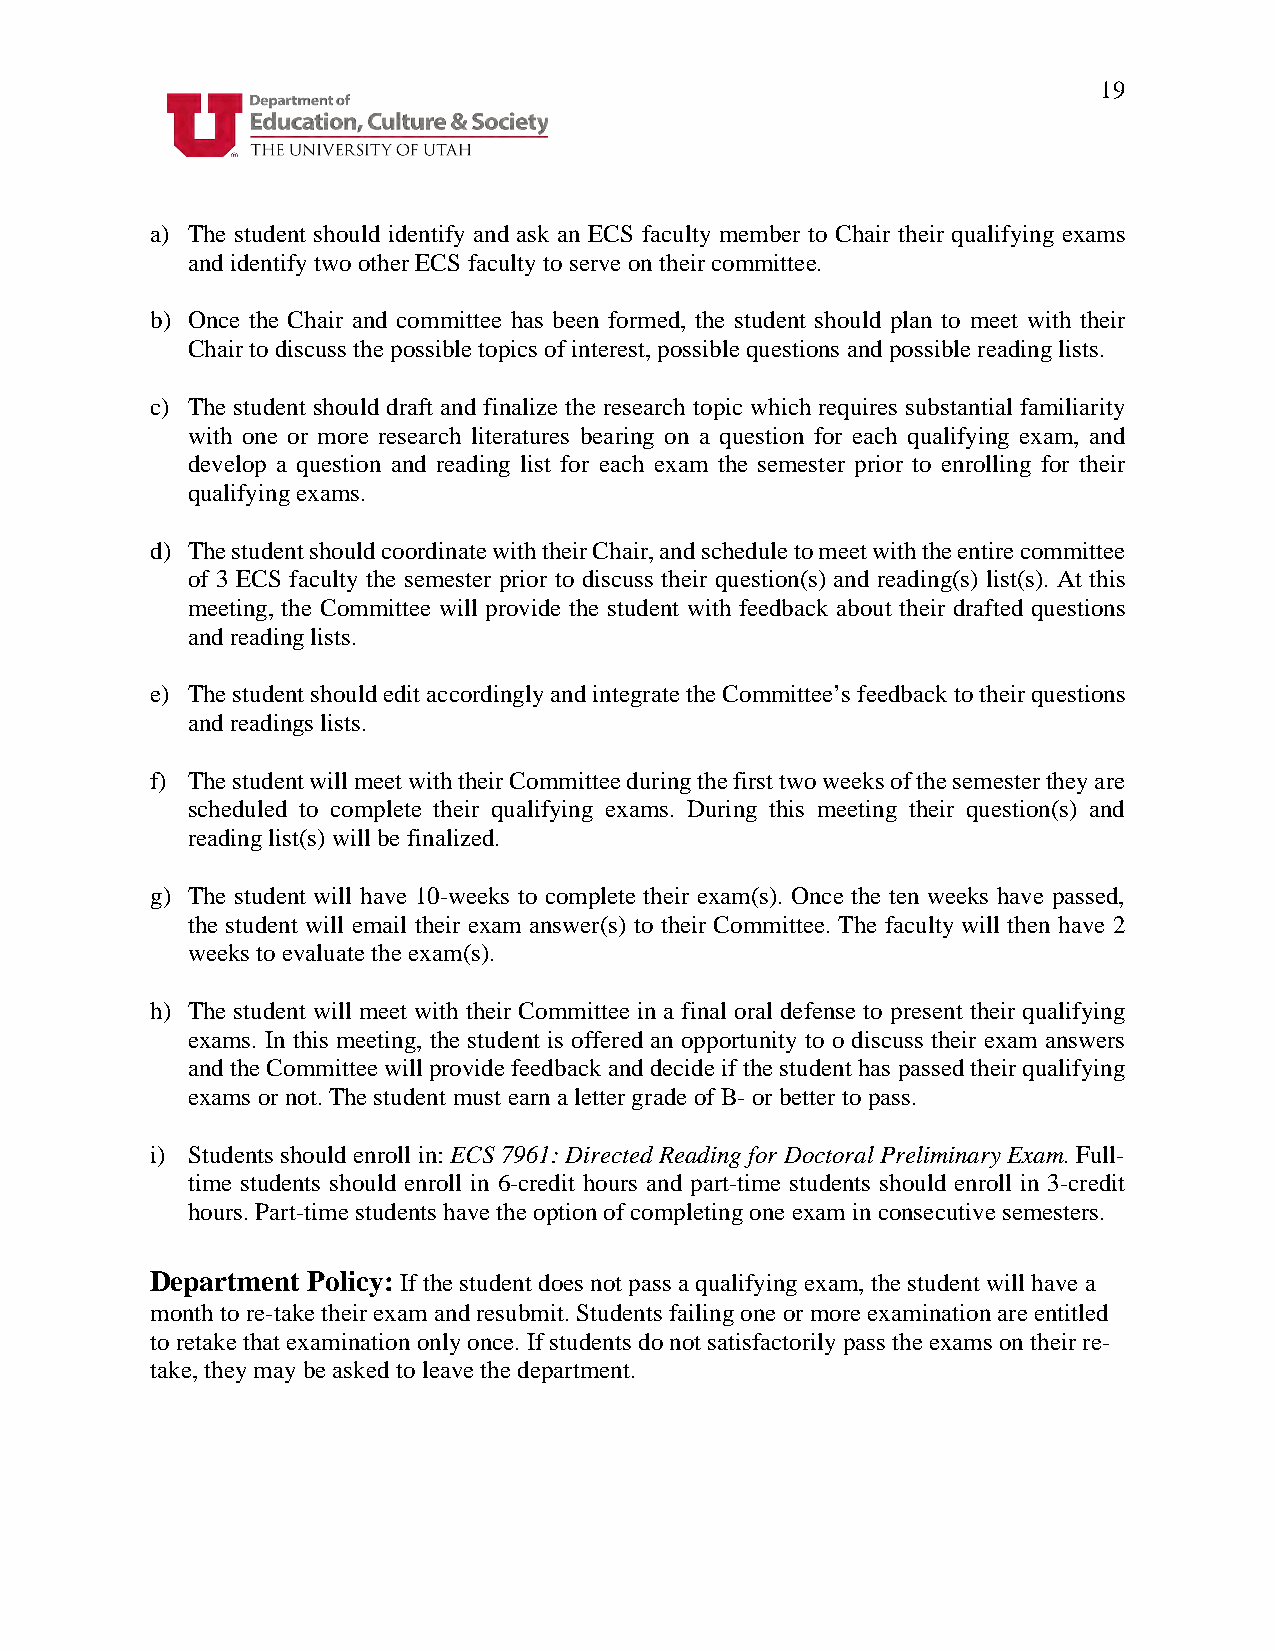
19
 a) The student should identify and ask an ECS faculty member to Chair their qualifying exams
 and identify two other ECS faculty to serve on their committee.
 b) Once the Chair and committee has been formed, the student should plan to meet with their
 Chair to discuss the possible topics of interest, possible questions and possible reading lists.
 c) The student should draft and finalize the research topic which requires substantial familiarity
 with one or more research literatures bearing on a question for each qualifying exam, and
 develop a question and reading list for each exam the semester prior to enrolling for their
 qualifying exams.
 d) The student should coordinate with their Chair, and schedule to meet with the entire committee
 of 3 ECS faculty the semester prior to discuss their question(s) and reading(s) list(s). At this
 meeting, the Committee will provide the student with feedback about their drafted questions
 and reading lists.
 e) The student should edit accordingly and integrate the Committee’s feedback to their questions
 and readings lists.
 f) The student will meet with their Committee during the first two weeks of the semester they are
 scheduled to complete their qualifying exams. During this meeting their question(s) and
 reading list(s) will be finalized.
 g) The student will have 10-weeks to complete their exam(s). Once the ten weeks have passed,
 the student will email their exam answer(s) to their Committee. The faculty will then have 2
 weeks to evaluate the exam(s).
 h) The student will meet with their Committee in a final oral defense to present their qualifying
 exams. In this meeting, the student is offered an opportunity to o discuss their exam answers
 and the Committee will provide feedback and decide if the student has passed their qualifying
 exams or not. The student must earn a letter grade of B- or better to pass.
 i) Students should enroll in: ECS 7961: Directed Reading for Doctoral Preliminary Exam. Full-
 time students should enroll in 6-credit hours and part-time students should enroll in 3-credit
 hours. Part-time students have the option of completing one exam in consecutive semesters.
 Department Policy: If the student does not pass a qualifying exam, the student will have a
 month to re-take their exam and resubmit. Students failing one or more examination are entitled
 to retake that examination only once. If students do not satisfactorily pass the exams on their re-
 take, they may be asked to leave the department.